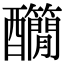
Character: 𨤄